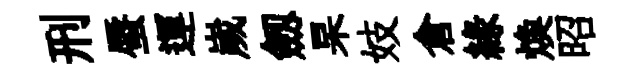
刑蜃運嵗劔杲妓倉緣焕昭